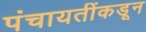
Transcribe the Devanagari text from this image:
पंचायतींकडून